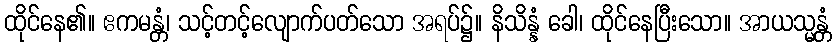
ထိုင်နေ၏။ ဧကမန္တံ၊ သင့်တင့်လျောက်ပတ်သော အရပ်၌။ နိသိန္နံ ခေါ၊ ထိုင်နေပြီးသော။ အာယသ္မန္တံ